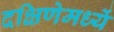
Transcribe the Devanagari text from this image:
दक्षिणेमध्यें